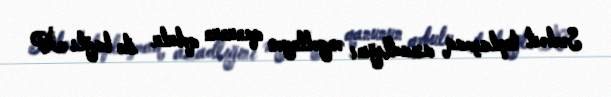
Sərbəst toplaşmaq azadlığını əngəlləyən qanunun qəbulu ilə bağlı İP